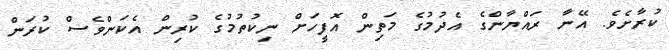
ކުރާށެވެ. އޭނާ ރައްޔާންގެ އެދުމުގެ މަތިން އޮފީހަށް ނިކުތުމުގެ ކުރިން އެކަންވެސް ކުރަން